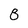
Character: 8